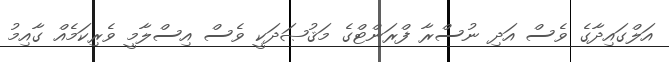
އަލްގައިދާގެ ވެސް އަދި ނުސްރާ ފްރަންޓްގެ މަޤުޞަދަކީ ވެސް އިސްލާމީ ވެރިކަމެއް ގާއިމު